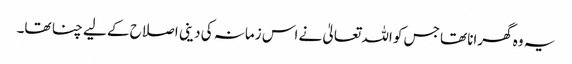
یہ وہ گھرانا تھا جس کو اللہ تعالیٰ نے اس زمانہ کی دینی اصلاح کے لیے چنا تھا۔